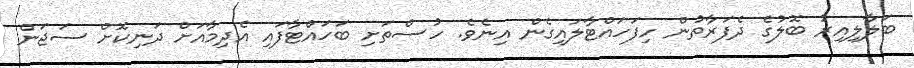
ބަލާލިއިރު ބޮލުގެ ދެފަރާތުން ހިފަހައްޓާލައިގެން އިނެވެ. ހުސްތަށި ބަހައްޓާފައި އެދިމާއަށް ދަނިކޮށް ސަޖަން